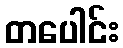
တပေါင်း